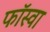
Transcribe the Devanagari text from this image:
फॉस्वा